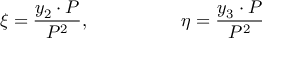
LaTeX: \xi = { \frac { y _ { 2 } \cdot P } { P ^ { 2 } } } , \qquad \qquad \quad \eta = { \frac { y _ { 3 } \cdot P } { P ^ { 2 } } }